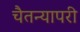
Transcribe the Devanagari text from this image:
चैतन्यापरी